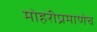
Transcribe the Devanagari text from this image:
मोहरीप्रमाणेच